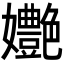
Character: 𡤩